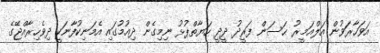
އަވަހާރަވުން އަލްއަމީރު ޙަސަން ފަރީދު ދީދީ ހަޔާތްޕުޅު ނިމިގެން ދިއުމުގައި އެމަނިކުފާނަކީ ދިވެހިރާއްޖޭގެ